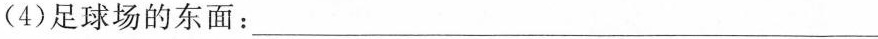
(4)足球场的东面：___